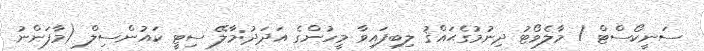
ސަނީކޯސްޓް / މާލެވޯޓު ދިނުމުގެޙައްޤު ލިބިފައިވާ މީހުންގެ އަދަދު:މާލޭ ސިޓީ ކައުންސިލް (މާފަންނު